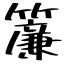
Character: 簾